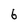
Character: 6